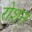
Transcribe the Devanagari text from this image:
रोशन्